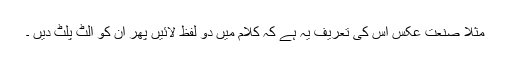
مثلاً صنعت عکس اس کی تعریف یہ ہے کہ کلام میں دو لفظ لائیں پھر ان کو الٹ پلٹ دیں ۔